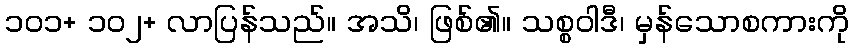
၁၀၁+ ၁၀၂+ လာပြန်သည်။ အသိ၊ ဖြစ်၏။ သစ္စဝါဒီ၊ မှန်သောစကားကို